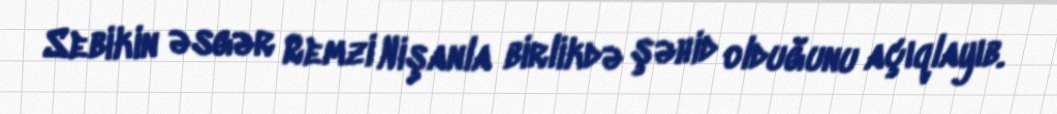
Sebikin əsgər Remzi Nişanla birlikdə şəhid olduğunu açıqlayıb.